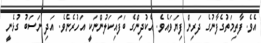
އެވެ. ފާތިމަތުގެފާނުގެ ދަރިން ފިޔަވައެވެ. އެކުދިންގެ ބަފައިކަލުންނަކީ އަހުރެނެވެ. އަދި ނަސަބު ގުޅެނީ